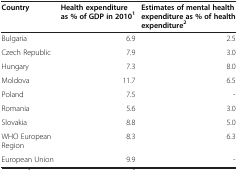
| Country | Health expenditure as % of GDP in 20101 | Estimates of mental health expenditure as % of health expenditure2 |
 | --- | --- | --- |
 | Bulgaria | 6.9 | 2.5 |
 | Czech Republic | 7.9 | 3.0 |
 | Hungary | 7.3 | 8.0 |
 | Moldova | 11.7 | 6.5 |
 | Poland | 7.5 | - |
 | Romania | 5.6 | 3.0 |
 | Slovakia | 8.8 | 5.0 |
 | WHO European Region | 8.3 | 6.3 |
 | European Union | 9.9 | - |